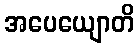
အပေယျောတိ